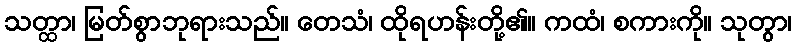
သတ္ထာ၊ မြတ်စွာဘုရားသည်။ တေသံ၊ ထိုရဟန်းတို့၏။ ကထံ၊ စကားကို။ သုတွာ၊